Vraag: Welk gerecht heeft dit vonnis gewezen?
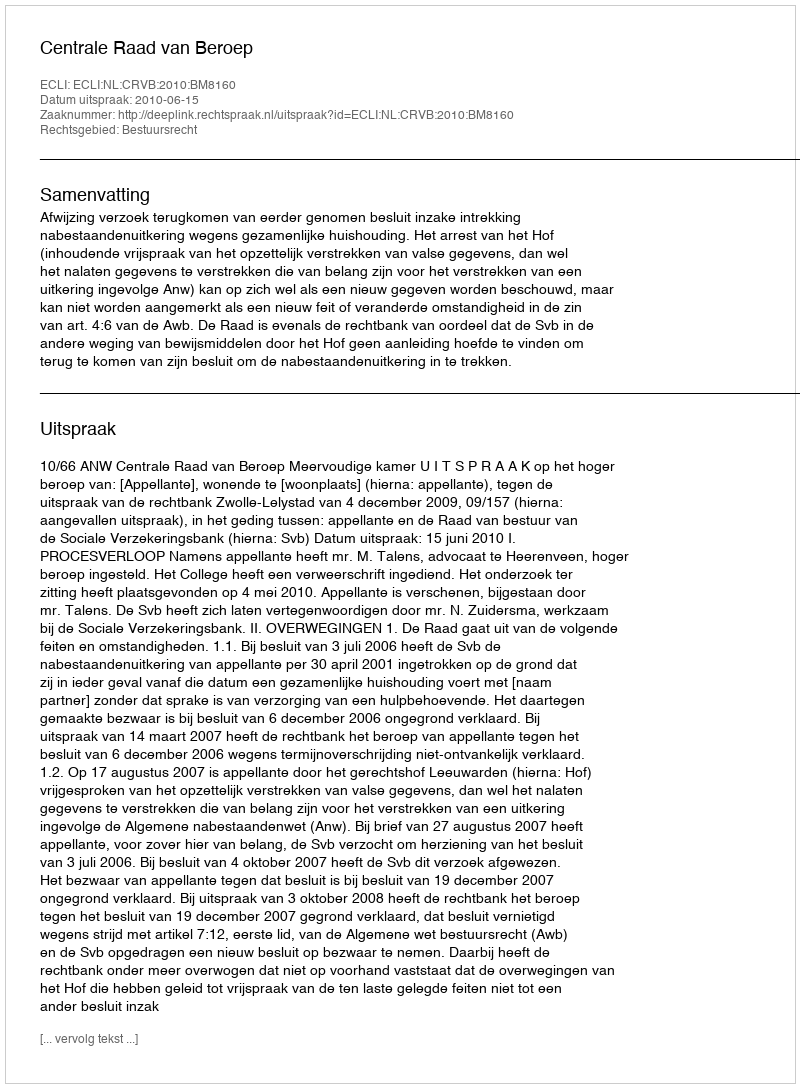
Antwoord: Centrale Raad van Beroep